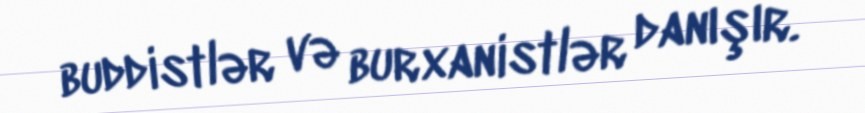
buddistlər və burxanistlər danışır.